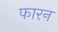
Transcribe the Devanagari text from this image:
फारन